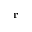
\mathbf { r }